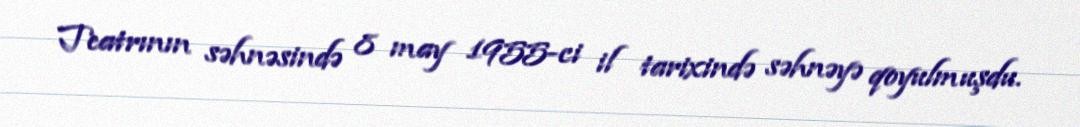
Teatrının səhnəsində 8 may 1955-ci il tarixində səhnəyə qoyulmuşdu.